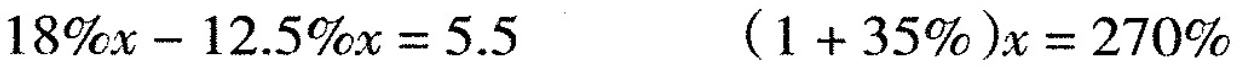
$$1 8 % x - 1 2 . 5 % x = 5 . 5$$ $$( 1 + 3 5 % ) x = 2 7 0 %$$